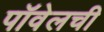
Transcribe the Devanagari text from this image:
पॉवेलची